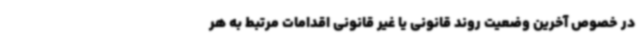
در خصوص آخرین وضعیت روند قانونی یا غیر قانونی اقدامات مرتبط به هر